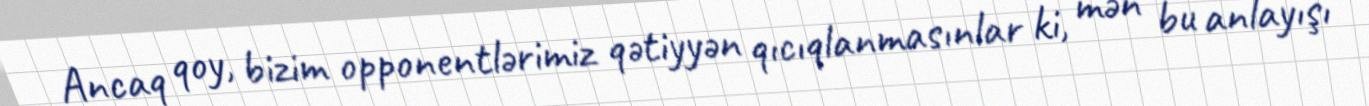
Ancaq qoy, bizim opponentlərimiz qətiyyən qıcıqlanmasınlar ki, mən bu anlayışı